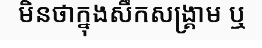
មិនថាក្នុងសឹកសង្គ្រាម ឬ